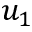
u _ { 1 }